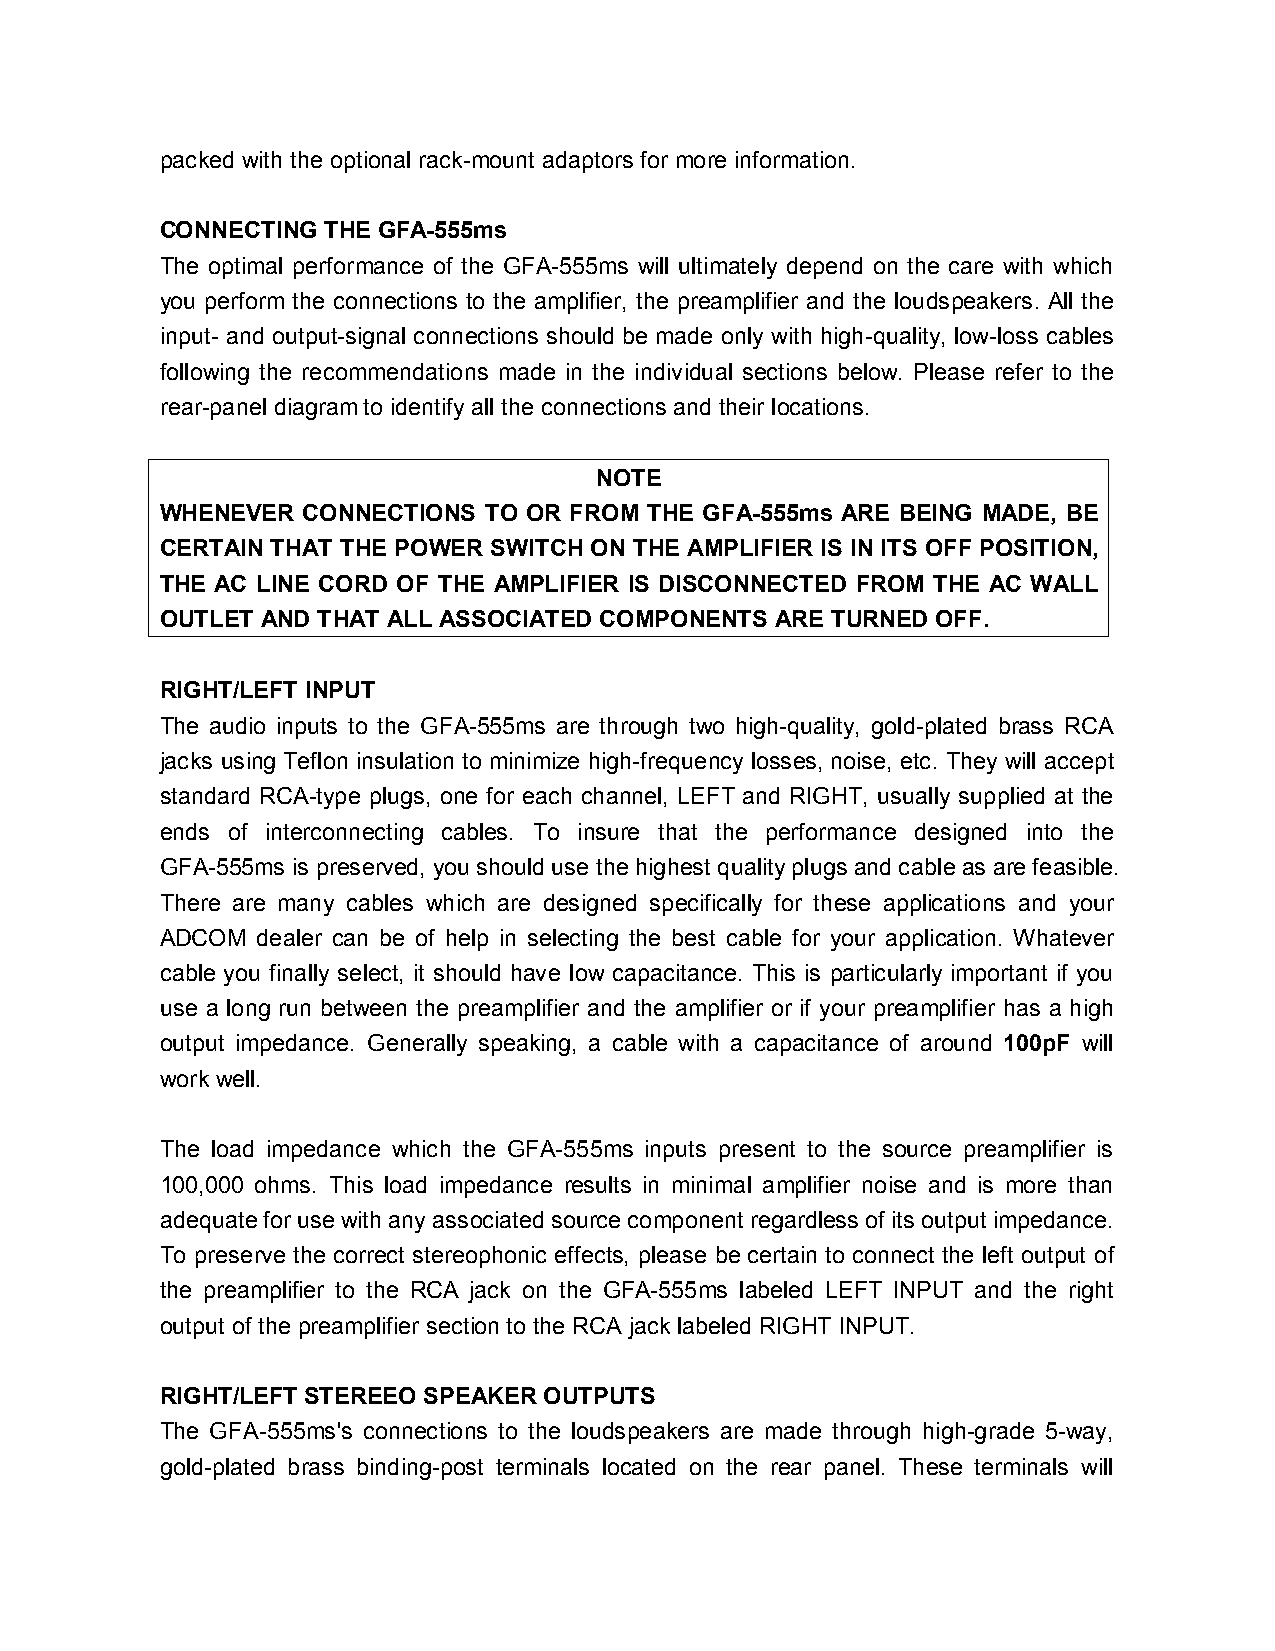
packed with the optional rack-mount adaptors for more information.
 CONNECTING THE GFA-555ms
 The optimal performance of the GFA-555ms will ultimately depend on the care with which
 you perform the connections to the amplifier, the preamplifier and the loudspeakers. All the
 input- and output-signal connections should be made only with high-quality, low-loss cables
 following the recommendations made in the individual sections below. Please refer to the
 rear-panel diagram to identify all the connections and their locations.
 NOTE
 WHENEVER CONNECTIONS TO OR FROM THE GFA-555ms ARE BEING MADE, BE
 CERTAIN THAT THE POWER SWITCH ON THE AMPLIFIER IS IN ITS OFF POSITION,
 THE AC LINE CORD OF THE AMPLIFIER IS DISCONNECTED FROM THE AC WALL
 OUTLET AND THAT ALL ASSOCIATED COMPONENTS ARE TURNED OFF.
 RIGHT/LEFT INPUT
 The audio inputs to the GFA-555ms are through two high-quality, gold-plated brass RCA
 jacks using Teflon insulation to minimize high-frequency losses, noise, etc. They will accept
 standard RCA-type plugs, one for each channel, LEFT and RIGHT, usually supplied at the
 ends of interconnecting cables. To insure that the performance designed into the
 GFA-555ms is preserved, you should use the highest quality plugs and cable as are feasible.
 There are many cables which are designed specifically for these applications and your
 ADCOM dealer can be of help in selecting the best cable for your application. Whatever
 cable you finally select, it should have low capacitance. This is particularly important if you
 use a long run between the preamplifier and the amplifier or if your preamplifier has a high
 output impedance. Generally speaking, a cable with a capacitance of around 100pF will
 work well.
 The load impedance which the GFA-555ms inputs present to the source preamplifier is
 100,000 ohms. This load impedance results in minimal amplifier noise and is more than
 adequate for use with any associated source component regardless of its output impedance.
 To preserve the correct stereophonic effects, please be certain to connect the left output of
 the preamplifier to the RCA jack on the GFA-555ms labeled LEFT INPUT and the right
 output of the preamplifier section to the RCA jack labeled RIGHT INPUT.
 RIGHT/LEFT STEREEO SPEAKER OUTPUTS
 The GFA-555ms's connections to the loudspeakers are made through high-grade 5-way,
 gold-plated brass binding-post terminals located on the rear panel. These terminals will